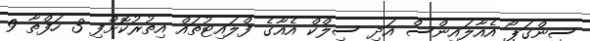
ސިންގަޕޯ އެއާލައިންސް އަދި ސިލްކް އެއާގެ ފްލައިޓުތައް އިތުރުކޮށްފި 3 ހަފްތާ 9